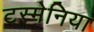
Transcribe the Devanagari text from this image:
टस्मेनिया